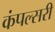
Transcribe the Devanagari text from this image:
कंपल्सरी